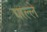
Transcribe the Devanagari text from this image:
धरल्ले